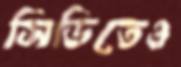
সিডিতেও